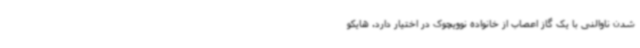
شدن ناوالنی با یک گاز اعصاب از خانواده نوویچوک در اختیار دارد. هایکو